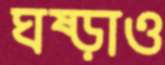
ঘষ্‌ড়াও